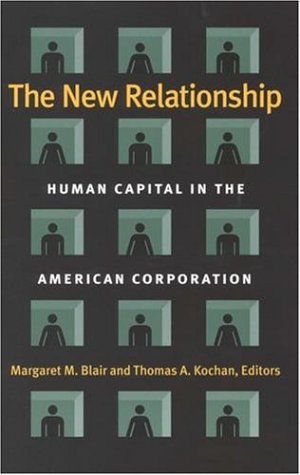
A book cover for The New Relationship: Human Capital in the American Corporation; Business & Money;